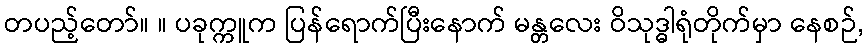
တပည့်တော်။ ။ ပခုက္ကူက ပြန်ရောက်ပြီးနောက် မန္တလေး ဝိသုဒ္ဓါရုံတိုက်မှာ နေစဉ်,